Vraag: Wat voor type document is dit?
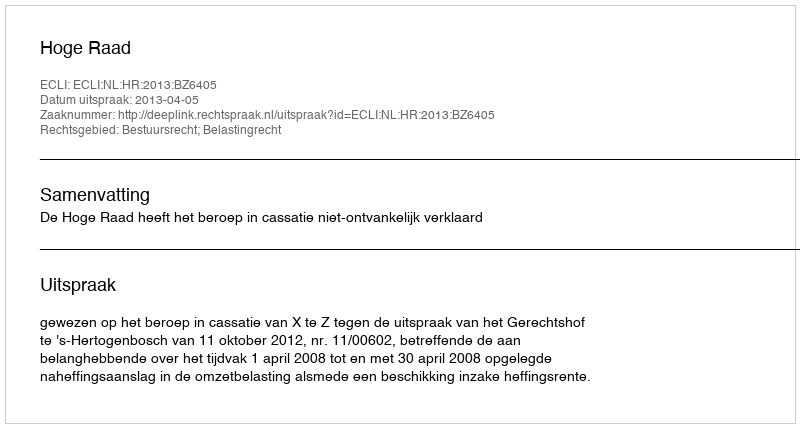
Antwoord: Uitspraak